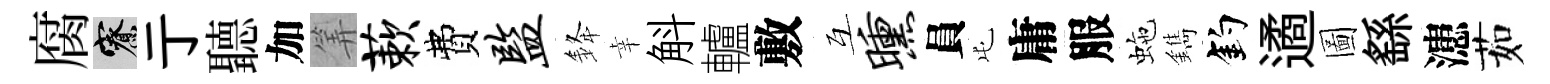
腐寮亍聽加筭蔌費监𨦟幸斛轤敷互曛員屯庸服虵鐫釣遹圖繇漶茹